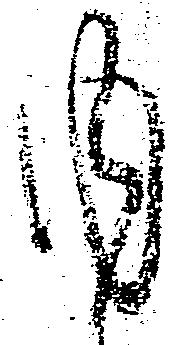
内